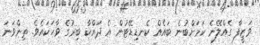
ވަޒީފާ ގެއްލޭނެ ކަމަށްބުނެ ބައެއް ކެނޑިޑޭޓުން އެ ދައްކާ ބިރުގެ ވާހަކައެވެ. ތިންވަނަ